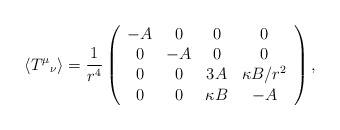
\begin{align*}\left< T^{\mu}{}_{\nu} \right> =\frac{1}{r^4}\left( \begin{array}{cccc} -A & 0 & 0 & 0 \\ 0 & -A & 0 & 0 \\ 0 & 0 & 3A & \kappa B/r^2 \\ 0 & 0 & \kappa B & -A \end{array}\right),\end{align*}